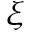
\xi